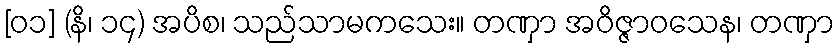
[၀၁] (နိ၊ ၁၄) အပိစ၊ သည်သာမကသေး။ တဏှာ အဝိဇ္ဇာဝသေန၊ တဏှာ